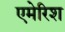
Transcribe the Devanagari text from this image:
एमेरिश